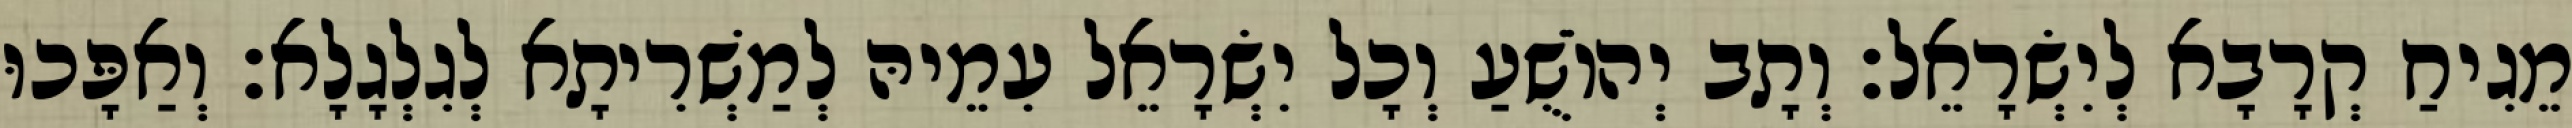
מֵגִיחַ קְרָבָא לְיִשְׂרָאֵל׃ וְתָב יְהוֹשֻׁעַ וְכָל יִשְׂרָאֵל עִמֵיהּ לְמַשְׁרִיתָא לְגִלְגָלָא׃ וְאַפָּכוּ